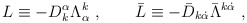
\begin{align*}L\equiv -D_{k}^{\alpha }\Lambda _{\alpha }^{k}\ ,\qquad \bar{L}\equiv -{\bar D}_{k\dot{\alpha}}\bar{\Lambda}^{k\dot{\alpha}}\ ,\end{align*}